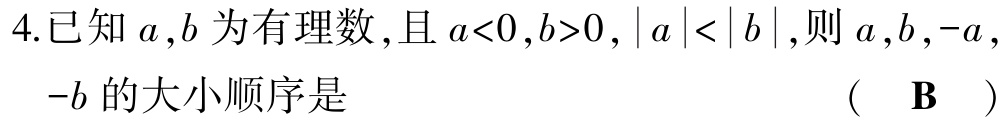
4.已知\(a,b\)为有理数，且\(a<0,b>0,|a|<|b|\)，则\(a,b,-a,-b\)的大小顺序是 （  \(\mathbf{B}\)  ）